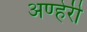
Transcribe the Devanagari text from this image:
अण्हेरी